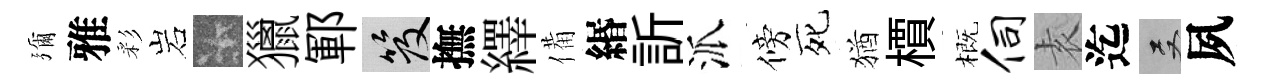
彌雅彩岩卡獵鄆笈撫繹備緡訢派傍死猶檟概伺𡊮迄双夙